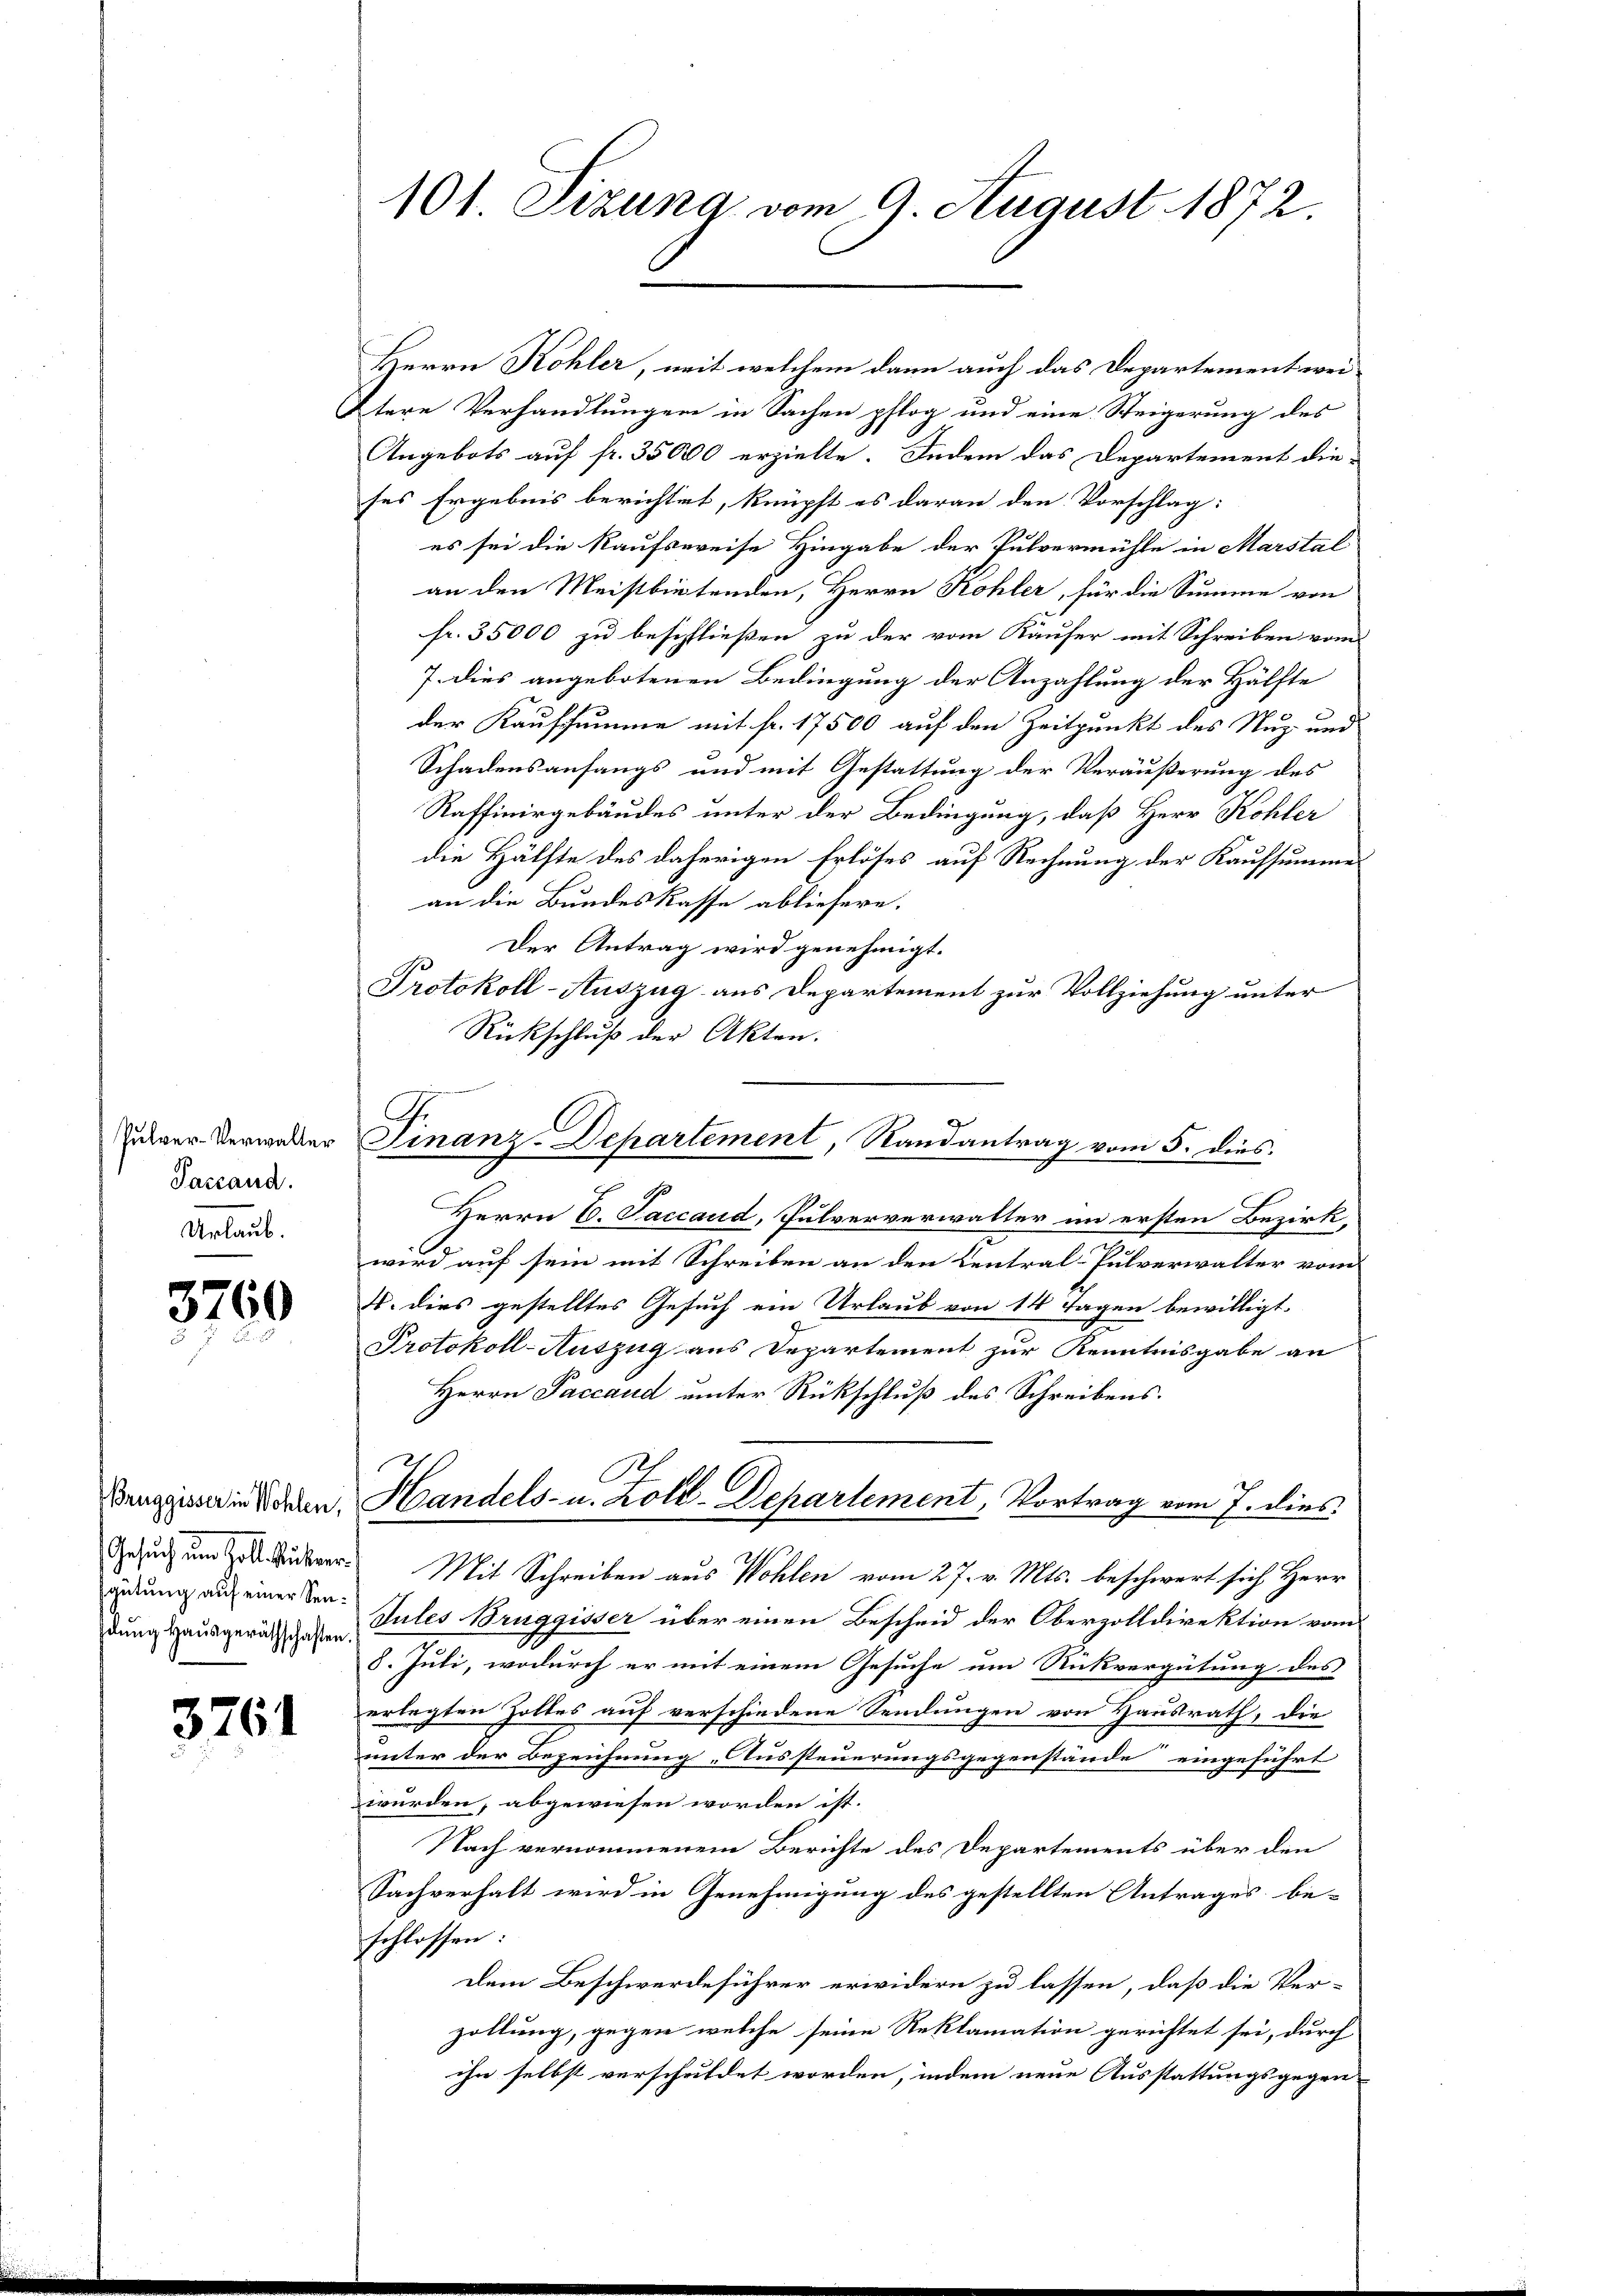
Pulver-Verwalter
Jaccand.
Urlaub.

3769

Gesuch um Goll Rückvergütung auf einer Sen¬

3761

Herrn Kohler, mit welchem dann auch das Departement wei¬
Ptere Verhandlungen in Sachen pflog und eine Steigerung des
Angebots auf fr. 35000 erzielte. Indem das Departement die-
ses Ergebnis berichtigt, knüpft es daran den Vorschlag:
es sei die Kaufsweise Hingabe der Pulvermühle in Marstal
an den Meistbietenden, Herrn Kohler, für die Summe von
fr. 35000 zu beschließen zu der vom Käufer mit Schreiben vom
7. dies angebotenen Bedingung der Anzahlung der Hälfte
der Kaufsumme mit fr. 17500 auf den Zeitpunkt des Nuz- und
Schadensanfangs und mit Gestattung der Veräußerung des
Raffinirgebäudes unter der Bedingung, daß Herr Kohler
die Hälfte des daherigen Erlöses auf Rechnung der Kaufsumme
an die Bundeskasse abliefere.
Der Antrag wird genehmigt.
Protokoll-Auszug aus Departement zur Vollziehung unter
Rückschluß der Akten.
Herrn C. Saccaud, Pulververwalter im ersten Bezirk
wird auf sein mit Schreiben an den Central-Pulverwalter vom
4. dies gestelltes Gesuch ein Urlaub von 14 Tagen bewilligt.
Protokoll-Auszug aus Departement zur Kenntnisgabe an
Herrn Paccaud unter Rückschluß des Schreibens.
Denissen in den Handels- u. Zoll-Departement, Vortrag vom 7. dies
Mit Schreiben aus Wohlen vom 27. v. Mts. beschwert sich Herr
dung ausgeräth u. Sules Bruggisser über einen Bescheid der Oberzolldirektion vom
8. Juli, wodurch er mit einem Gesuche um Rückvergütung des
erlegten Zolles auf verschiedene Sendungen von Hausrath, die
unter der Bezeichnung. Aussteuerungsgegenstände eingeführt
wurden, abgewiesen worden ist.
Nach vernommenem Berichte des Departements über den
Sachverhalt wird in Genehmigung des gestellten Antrages be-
schlossen:
Dem Beschwerdeführer erwidern zu lassen, daß die Verzollung, gegen welche seine Reklamation gerichtet sei, durch
ihn selbst verschuldet worden, indem neue Ausstattungsgegen-

101. Sizung vom 9. August 1872.

G
Finanz-Departement, Randantrag vom 5. dies.